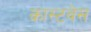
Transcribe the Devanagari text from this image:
कास्टवेस